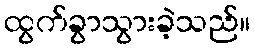
ထွက်ခွာသွားခဲ့သည်။